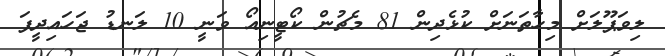
ލިވަޕޫލަށް މިހާތަނަށް ކުޅެދިން 81 މެޗުން ކޯޓީނިއޯ ވަނީ 10 ލަނޑު ޖަހައިދީފަ